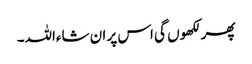
پھر لکھوں گی اس پر ان شاءاللہ۔